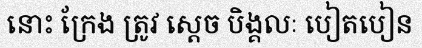
នោះ ក្រែង ត្រូវ ស្តេច បិង្គលៈ បៀតបៀន